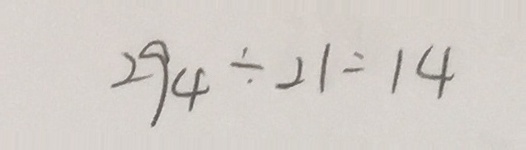
2 9 4 \div 2 1 = 1 4